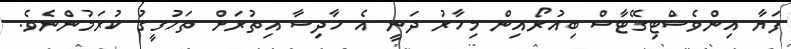
ފަޔާ އިންވެސްޓިގޭޓާސް ބިއުރޯއިން މިހާރު ދަނީ އެ ހާދިސާ އިތުރަށް ތަހުގީގު ކުރަމުންނެވެ.